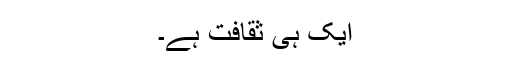
ایک ہی ثقافت ہے۔